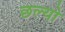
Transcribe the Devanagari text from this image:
छल्‍यो